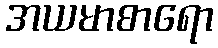
အယမာစာရော